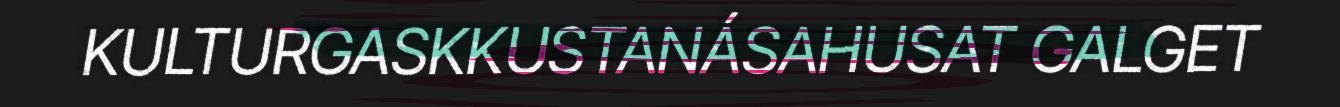
KULTURGASKKUSTANÁSAHUSAT GALGET